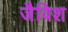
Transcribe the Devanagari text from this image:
जैविश